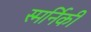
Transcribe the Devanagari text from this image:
स्मर्निकी